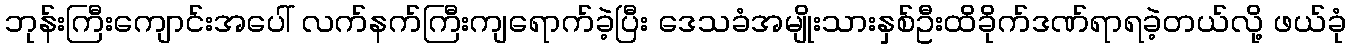
ဘုန်းကြီးကျောင်းအပေါ် လက်နက်ကြီးကျရောက်ခဲ့ပြီး ဒေသခံအမျိုးသားနှစ်ဦးထိခိုက်ဒဏ်ရာရခဲ့တယ်လို့ ဖယ်ခုံ